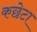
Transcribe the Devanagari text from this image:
कछेटा